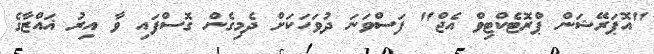
"އޮޕަރޭޝަން ޕްރޮޓެކްޓިވް އެޖް" ފަސްވަނަ ދުވަހަކަށް ދެމިގެން ގޮސްފައި ވާ އިރު ޣައްޒާގެ